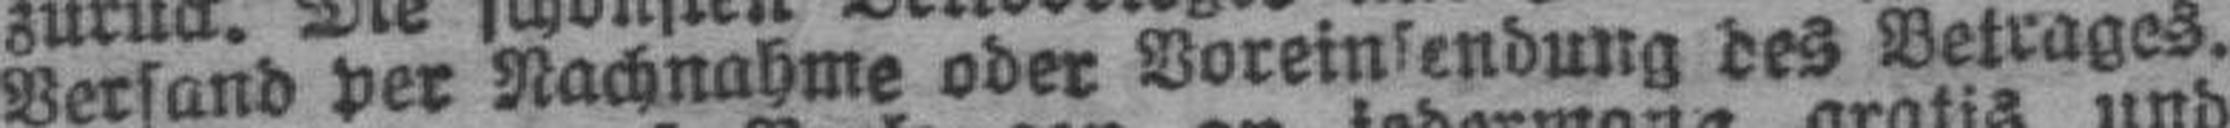
Versand per Nachnahme oder Voreinsendung des Betrages.